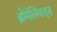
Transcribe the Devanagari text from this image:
ब्रोमेलियाड्स